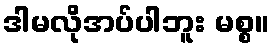
ဒါမလိုအပ်ပါဘူး မစ္စ။